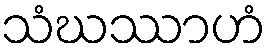
သံဃဿာဟံ